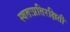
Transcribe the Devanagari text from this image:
स्वतःप्रतिरक्षिती